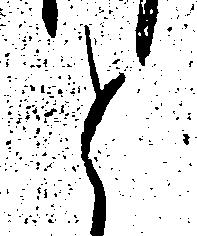
と